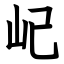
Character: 屺